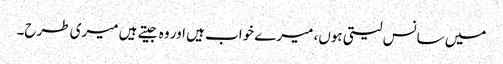
میں سانس لیتی ہوں، میرے خواب ہیں اور وہ جیتے ہیں میری طرح۔